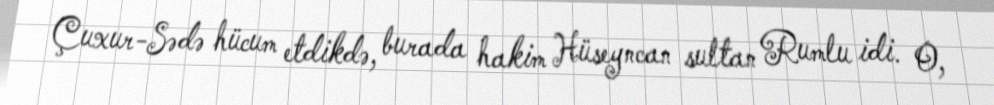
Çuxur-Sədə hücum etdikdə, burada hakim Hüseyncan sultan Rumlu idi. O,